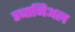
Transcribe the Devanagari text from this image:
ड्यानिअल